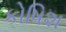
કોષિશ